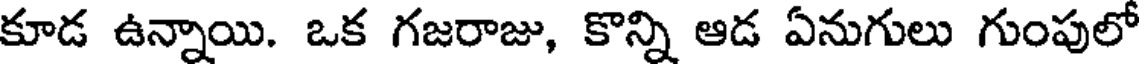
కూడ ఉన్నాయి. ఒక గజరాజు, కొన్ని ఆడ ఏనుగులు గుంపులో